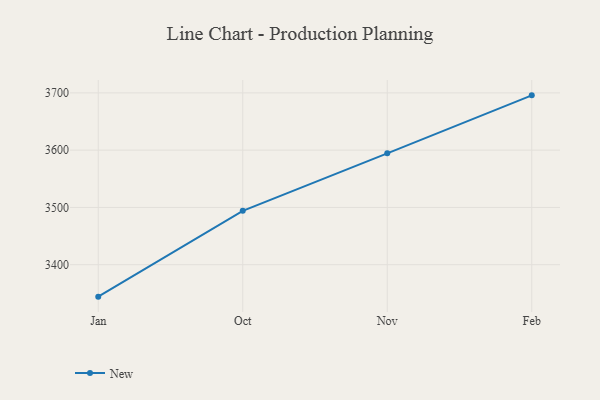
{"axis": {"x": "Month", "y": "Satisfaction Score"}, "legend": ["New"], "data": [{"x": "Jan", "y": 3344.2, "type": "New"}, {"x": "Oct", "y": 3494.1, "type": "New"}, {"x": "Nov", "y": 3594.4, "type": "New"}, {"x": "Feb", "y": 3695.7, "type": "New"}]}